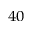
_ { 4 0 }